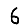
Digit: 6